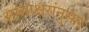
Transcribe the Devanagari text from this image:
आद्याक्षरांनुसार